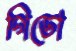
গিডো